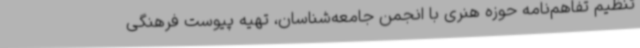
تنظیم تفاهم‌نامه حوزه هنری با انجمن جامعه‌شناسان، تهیه پیوست فرهنگی